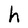
Character: h